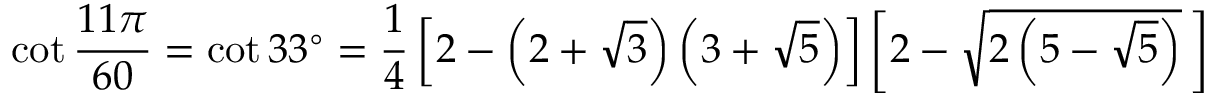
\cot { \frac { 1 1 \pi } { 6 0 } } = \cot 3 3 ^ { \circ } = { \frac { 1 } { 4 } } \left[ 2 - \left( 2 + { \sqrt { 3 } } \right) \left( 3 + { \sqrt { 5 } } \right) \right] \left[ 2 - { \sqrt { 2 \left( 5 - { \sqrt { 5 } } \right) } } \, \right]